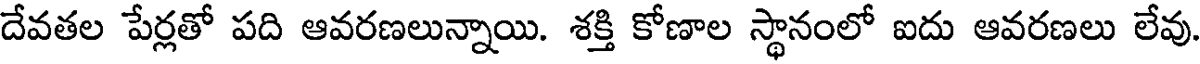
దేవతల పేర్లతో పది ఆవరణలున్నాయి. శక్తి కోణాల స్థానంలో ఐదు ఆవరణలు లేవు